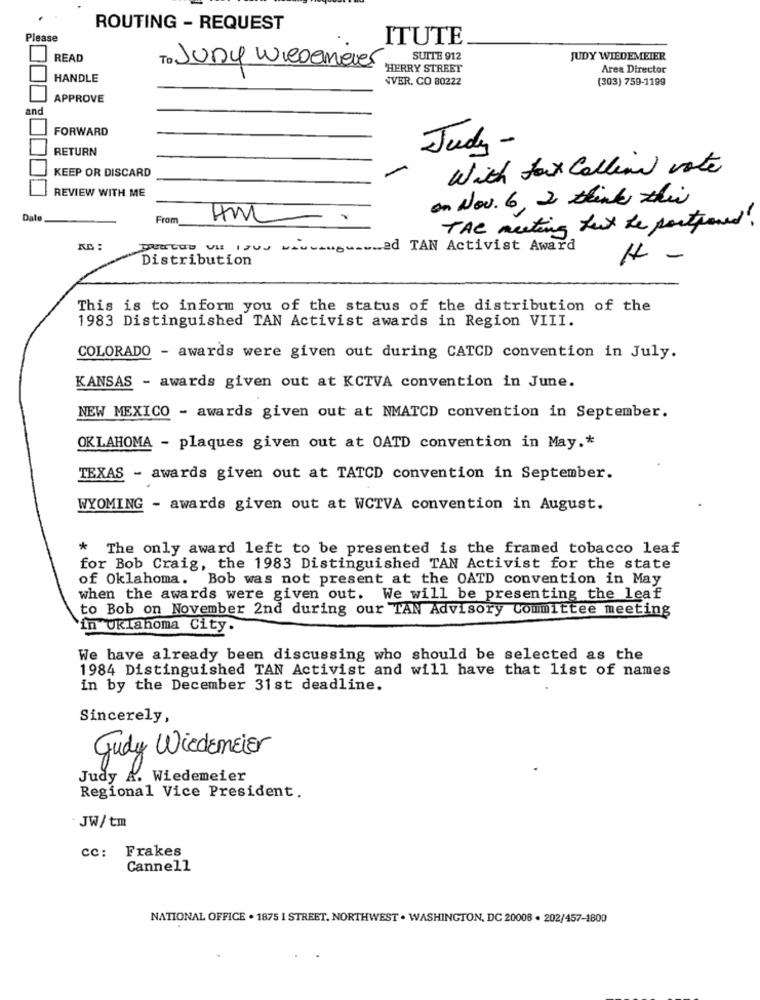
ROUTING - REQUEST
Please
ITUTE
READ
SUITE 912
JUDY WIEDEMEIER
To Juny WieDenever
HERRY STREET
Area Director
HANDLE
VVER, CO 80222
(303) 759-1199
APPROVE
and
FORWARD
RETURN
Judy -
-
With fox Collins vote
KEEP OR DISCARD
REVIEW WITH ME
on Nov. 6, 2 think this
Dale
From
Hm
THE meeting foxx the postponed!
KB :
.A .-----_ ad TAN Activist Award
Distribution
1-
This is to inform you of the status of the distribution of the
1983 Distinguished TAN Activist awards in Region VIII.
COLORADO - awards were given out during CATCD convention in July.
KANSAS - awards given out at KCTVA convention in June.
NEW MEXICO - awards given out at NMATCD convention in September.
OKLAHOMA - plaques given out at OATD convention in May .*
TEXAS - awards given out at TATCD convention in September.
WYOMING - awards given out at WCTVA convention in August.
* The only award left to be presented is the framed tobacco leaf
for Bob Craig, the 1983 Distinguished TAN Activist for the state
of Oklahoma. Bob was not present at the OATD convention in May
when the awards were given out. We will be presenting the leaf
to Bob on November 2nd during our TAN Advisory Committee meeting
in Oklahoma City.
We have already been discussing who should be selected as the
1984 Distinguished TAN Activist and will have that list of names
in by the December 31st deadline.
Sincerely,
Judy WiedEmEiEr
Judy A. Wiedemeier
Regional Vice President.
. JW/ tm
cc: Frakes
Cannell
NATIONAL OFFICE . 1875 I STREET. NORTHWEST . WASHINGTON, DC 20006 . 202/457-1800